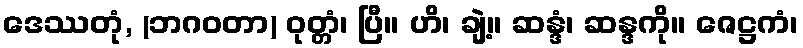
ဒေဿတုံ, (ဘဂဝတာ) ဝုတ္တံ၊ ပြီ။ ဟိ၊ ချဲ့။ ဆန္ဒံ၊ ဆန္ဒကို။ ဇေဋ္ဌကံ၊